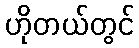
ဟိုတယ်တွင်